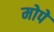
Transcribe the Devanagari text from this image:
मोपे